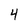
Character: 4